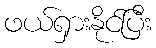
ဖယ်ရှားနိုင်ပြီး